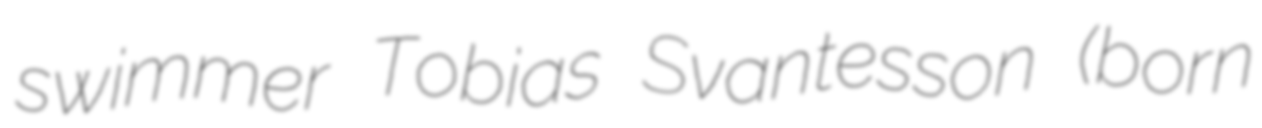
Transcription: swimmer Tobias Svantesson (born